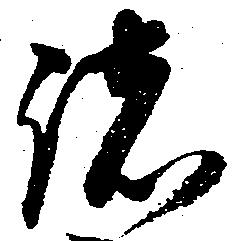
諸